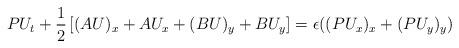
LaTeX: \begin{align*}P U_t + \frac{1}{2}\left[ (A U)_x + A U_x + (B U)_y + B U_y \right]=\epsilon(( P U_x)_x+(P U_y)_y)\end{align*}